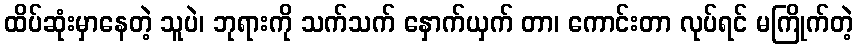
ထိပ်ဆုံးမှာနေတဲ့ သူပဲ၊ ဘုရားကို သက်သက် နှောက်ယှက် တာ၊ ကောင်းတာ လုပ်ရင် မကြိုက်တဲ့